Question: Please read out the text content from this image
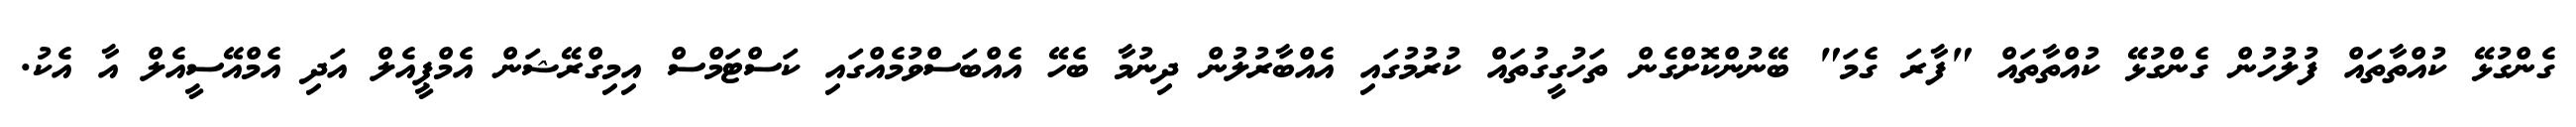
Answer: ގެންގުޅޭ ކުއްތާތައް ފުލުހުން ގެންގުޅޭ ކުއްތާތައް "ފާރަ ގެމަ" ބޭނުންކޮށްގެން ތަހުގީގުތައް ކުރުމުގައި އެއްބާރުލުން ދިނުމާ ބެހޭ އެއްބަސްވުމެއްގައި ކަސްޓަމްސް އިމިގްރޭޝަން އެމްޕީއެލް އަދި އެމްއޭސީއެލް އާ އެކު.